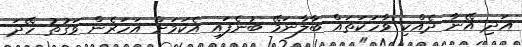
އަދި އޭނާ ދެއްކި ވާހަކަތައް ބާލާނަމޭ ބުނެފައި އެކަމަށް އަހަރެން ވަގުތު ހޭދަ